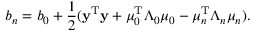
b _ { n } = b _ { 0 } + { \frac { 1 } { 2 } } ( \mathbf { y } ^ { \mathrm { { T } } } \mathbf { y } + { \boldsymbol { \mu } } _ { 0 } ^ { \mathrm { { T } } } { \boldsymbol { \Lambda } } _ { 0 } { \boldsymbol { \mu } } _ { 0 } - { \boldsymbol { \mu } } _ { n } ^ { \mathrm { { T } } } { \boldsymbol { \Lambda } } _ { n } { \boldsymbol { \mu } } _ { n } ) .